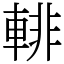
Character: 輫